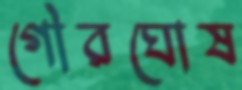
গৌরঘোষ